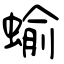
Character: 蝓